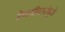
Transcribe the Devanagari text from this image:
देणगीदारांमुळे